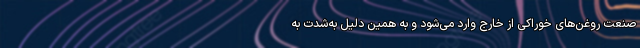
صنعت روغن‌های خوراکی از خارج وارد می‌شود و به همین دلیل به‌شدت به